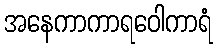
အနေကာကာရဝေါကာရံ